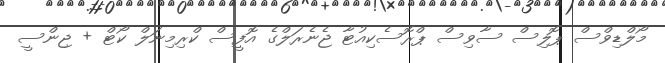
މޯލްޑިވްސް ޕޮލިސް ސާވިސް ޕްރޮސެކިއުޓާ ޖެނެރަލްގެ އޮފީސް ކްރިމިނަލް ކޯޓް + ޖިންސީ